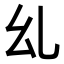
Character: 乣